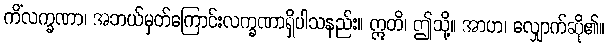
ကိံလက္ခဏာ၊ အဘယ်မှတ်ကြောင်းလက္ခဏာရှိပါသနည်း။ ဣတိ၊ ဤသို့။ အာဟ၊ လျှောက်ဆို၏။